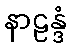
နာဠန္ဒံ